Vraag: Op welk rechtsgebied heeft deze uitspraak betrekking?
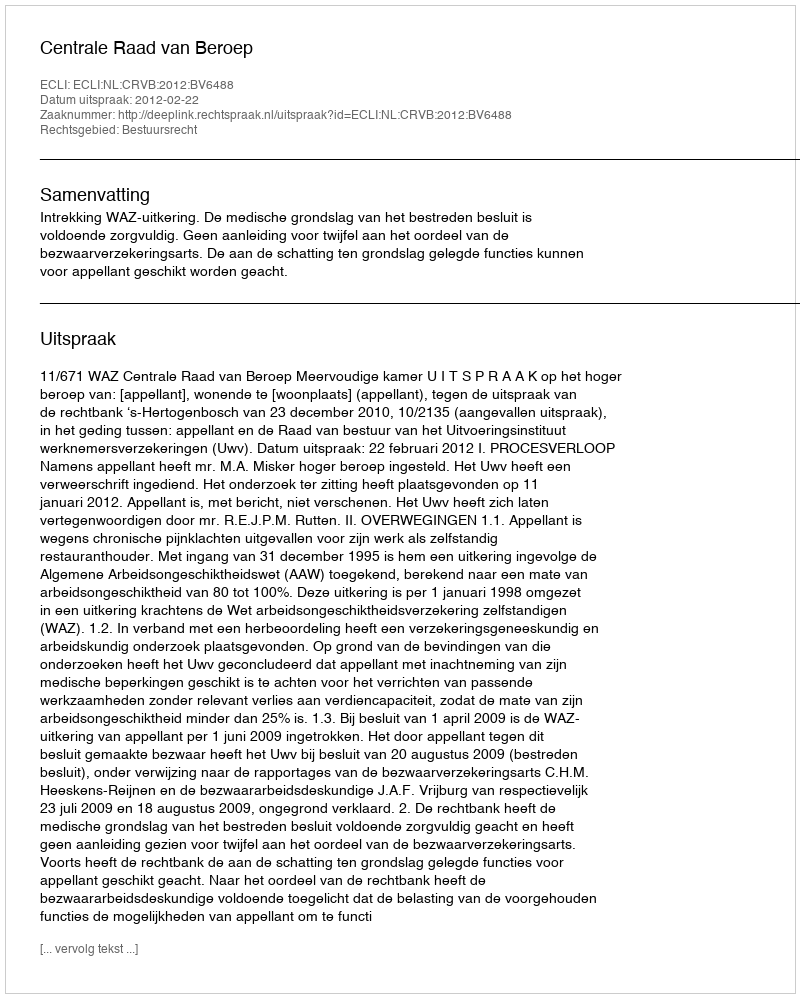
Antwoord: Bestuursrecht